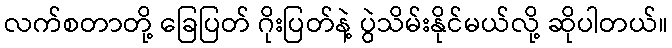
လက်စတာတို့ ခြေပြတ် ဂိုးပြတ်နဲ့ ပွဲသိမ်းနိုင်မယ်လို့ ဆိုပါတယ်။